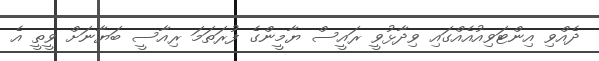
ދެއްވި އިންޓަވިއުއެއްގައި ވިދާޅުވީ ރައީސް ޔާމީންގެ ފުރަތަމަ ރިއާސީ ބަޔާނަށް ވީތީ އެ